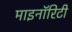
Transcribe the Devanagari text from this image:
माइनॉरिटी